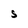
Character: S